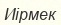
Иірмек